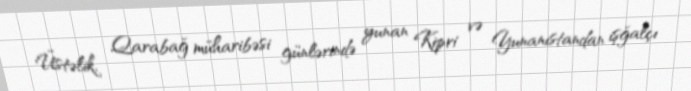
Üstəlik, Qarabağ müharibəsi günlərində yunan Kipri və Yunanıstandan işğalçı